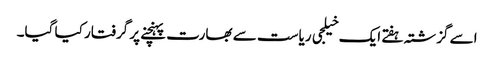
اسے گزشتہ ہفتے ایک خیلجی ریاست سے بھارت پہنچنے پر گرفتار کیا گیا۔